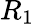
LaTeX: R_{1}